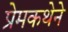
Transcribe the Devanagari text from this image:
प्रेमकथेने